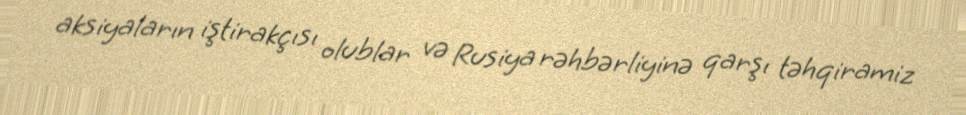
aksiyaların iştirakçısı olublar və Rusiya rəhbərliyinə qarşı təhqiramiz